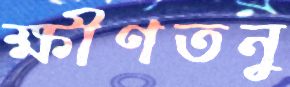
ক্ষীণতনু